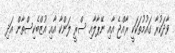
ވާދަކުރާ ގައުމުތަކަކީ ރާއްޖެ އާއި ނޭޕާލާއި ސްރީ ލަންކާ އާއި އުޒްބެކިސްތާން އަދި